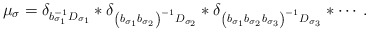
\begin{align*}\mu_{\sigma}=\delta_{b_{\sigma_{1}}^{-1} D_{\sigma_{1}}} * \delta_{\left(b_{\sigma_{1}} b_{\sigma_{2}}\right)^{-1} D_{\sigma_{2}}} * \delta_{\left(b_{\sigma_{1}} b_{\sigma_{2}} b_{\sigma_{3}}\right)^{-1}D_{\sigma_{3}}} * \cdots.\end{align*}